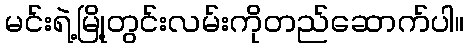
မင်းရဲ့မြို့တွင်းလမ်းကိုတည်ဆောက်ပါ။